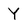
Character: Y